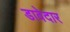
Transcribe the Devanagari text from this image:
डावेदार